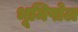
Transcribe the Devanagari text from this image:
भूमिपोल